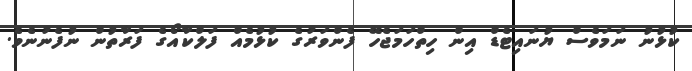
ކުޅުނު ނަމަވެސް ޔުނައިޓެޑް އިން ހިތްހަމަޖެހޭ ފެންވަރުގެ ކުޅުމެއް ފަލްކާއޯގެ ފަރާތުން ނުފެނުނެވެ.